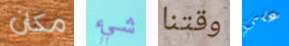
مكان شيء وقتنا علي